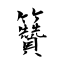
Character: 籫